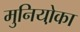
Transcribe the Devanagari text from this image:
मुनियो़का